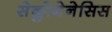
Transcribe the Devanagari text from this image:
सेक्लोगेनेसिस